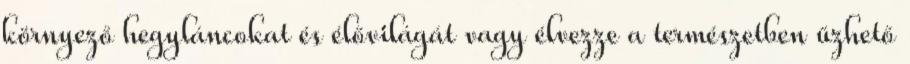
környező hegyláncokat és élővilágát vagy élvezze a természetben űzhető